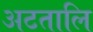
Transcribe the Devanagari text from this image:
अटतालि